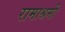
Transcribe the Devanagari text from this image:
रामाश्रमी